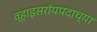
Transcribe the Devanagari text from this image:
व्हाइसरॉयपदाच्या